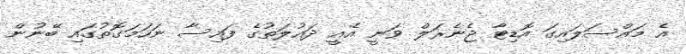
އެ މައްސަލައިގަ އޮޑިޓާ ޖެނެރަލް ވަނީ އެއީ ދައުލަތުގެ ފައިސާ ނަހަމަގޮތުގައި ބޭނުން